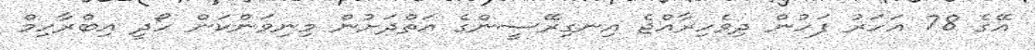
އޭގެ 78 އަހަރު ފަހުން ދިވެހިރާއްޖެ އިނގިރޭސީންގެ އަތްދަށުން މިނިވަންކަން ހޯދީ އިބްރާހިމް